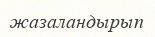
жазаландырып